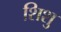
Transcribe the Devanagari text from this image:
शिशु